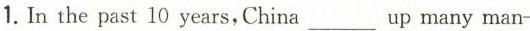
1. In the past 10 years,China___up many man-